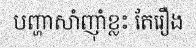
បញ្ហាសាំញ៉ាំខ្លះ តែរឿង